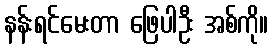
နန်းရင်မေးတာ ဖြေပါဦး အစ်ကို။